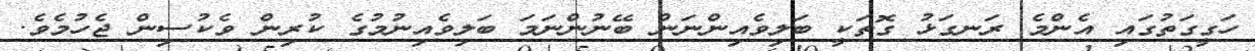
ހަގީގަތުގައި އެންމެ ރަނގަޅު ގޮތަކީ ބަލިވެއިންނަން ބޭނުންނަމަ ބަލިވެއިނުމުގެ ކުރިން ވެކުސިން ޖެހުމެވެ.